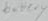
Text: battery